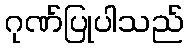
ဂုဏ်ပြုပါသည်